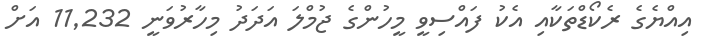
އިއްޔެގެ ރެކޯޑްތަކާއި އެކު ފައްސިވީ މީހުންގެ ޖުމްލަ އަދަދު މިހާރުވަނީ 11